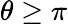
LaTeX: \theta\geq\pi